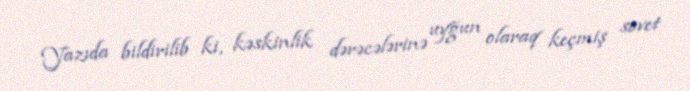
Yazıda bildirilib ki, kəskinlik dərəcələrinə uyğun olaraq keçmiş sovet